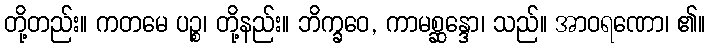
တို့တည်း။ ကတမေ ပဉ္စ၊ တို့နည်း။ ဘိက္ခဝေ, ကာမစ္ဆန္ဒော၊ သည်။ အာဝရဏော၊ ၏။